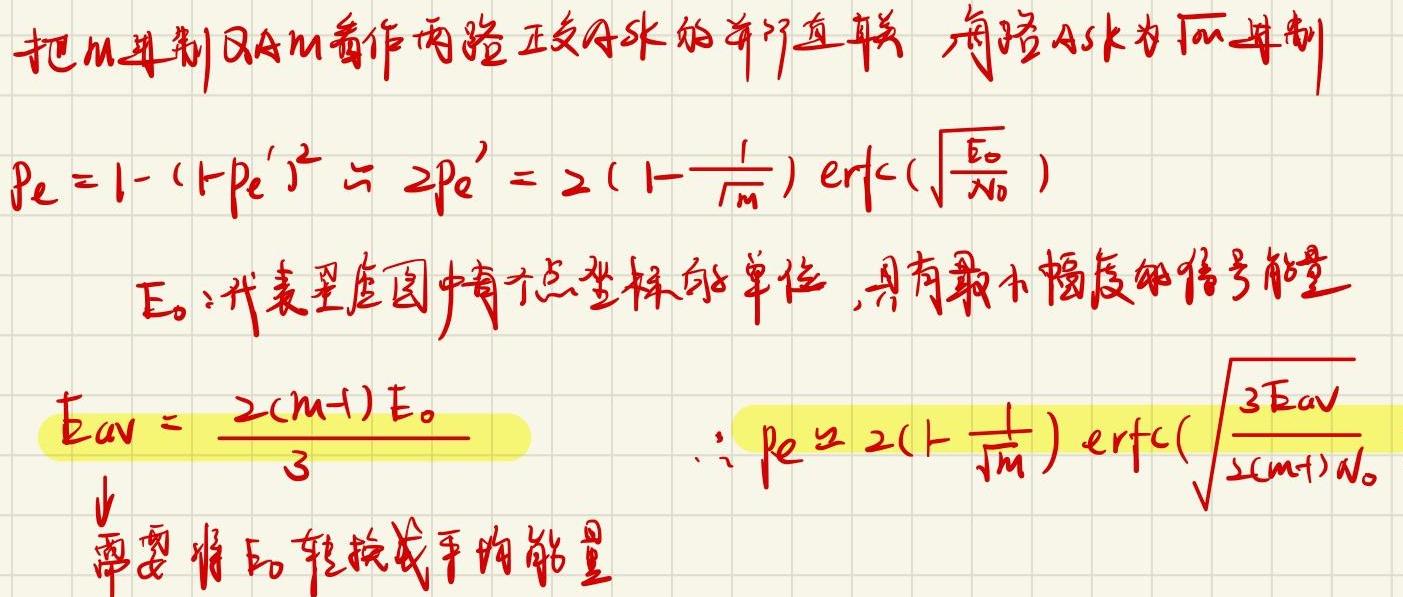
把 $M$ 进制 QAM 看作两路正交子水的并行直联，每路 ASK 为 $\sqrt{M}$ 进制
\[
P_e = 1 - (1 - P_e')^2 \approx 2P_e' = 2\left(1 - \frac{1}{\sqrt{M}}\right) \mathrm{erfc}\left(\sqrt{\frac{E_0}{N_0}}\right)
\]
$E_0$：代表星座图中离原点最标邻单位，具有最小幅度的信号能量
\[
E_{av} = \frac{2(M - 1)E_0}{3}
\]
\[
\therefore P_e \approx 2\left(1 - \frac{1}{\sqrt{M}}\right) \mathrm{erfc}\left(\sqrt{\frac{3E_{av}}{2(M - 1)N_0}}\right)
\]
需要将 $E_0$ 转换成平均能量